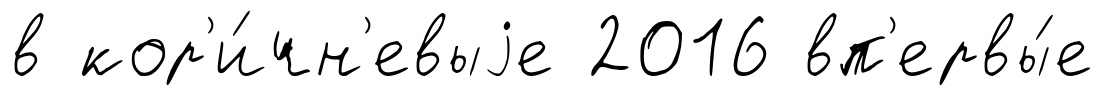
в кор'и́чн'евыjе 2016 вп'ервы́е